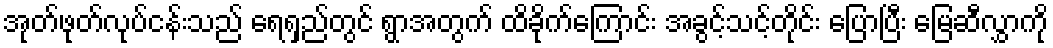
အုတ်ဖုတ်လုပ်ငန်းသည် ရေရှည်တွင် ရွာအတွက် ထိခိုက်ကြောင်း အခွင့်သင့်တိုင်း ပြောပြီး မြေဆီလွှာကို